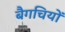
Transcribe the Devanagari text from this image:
बैगचियों